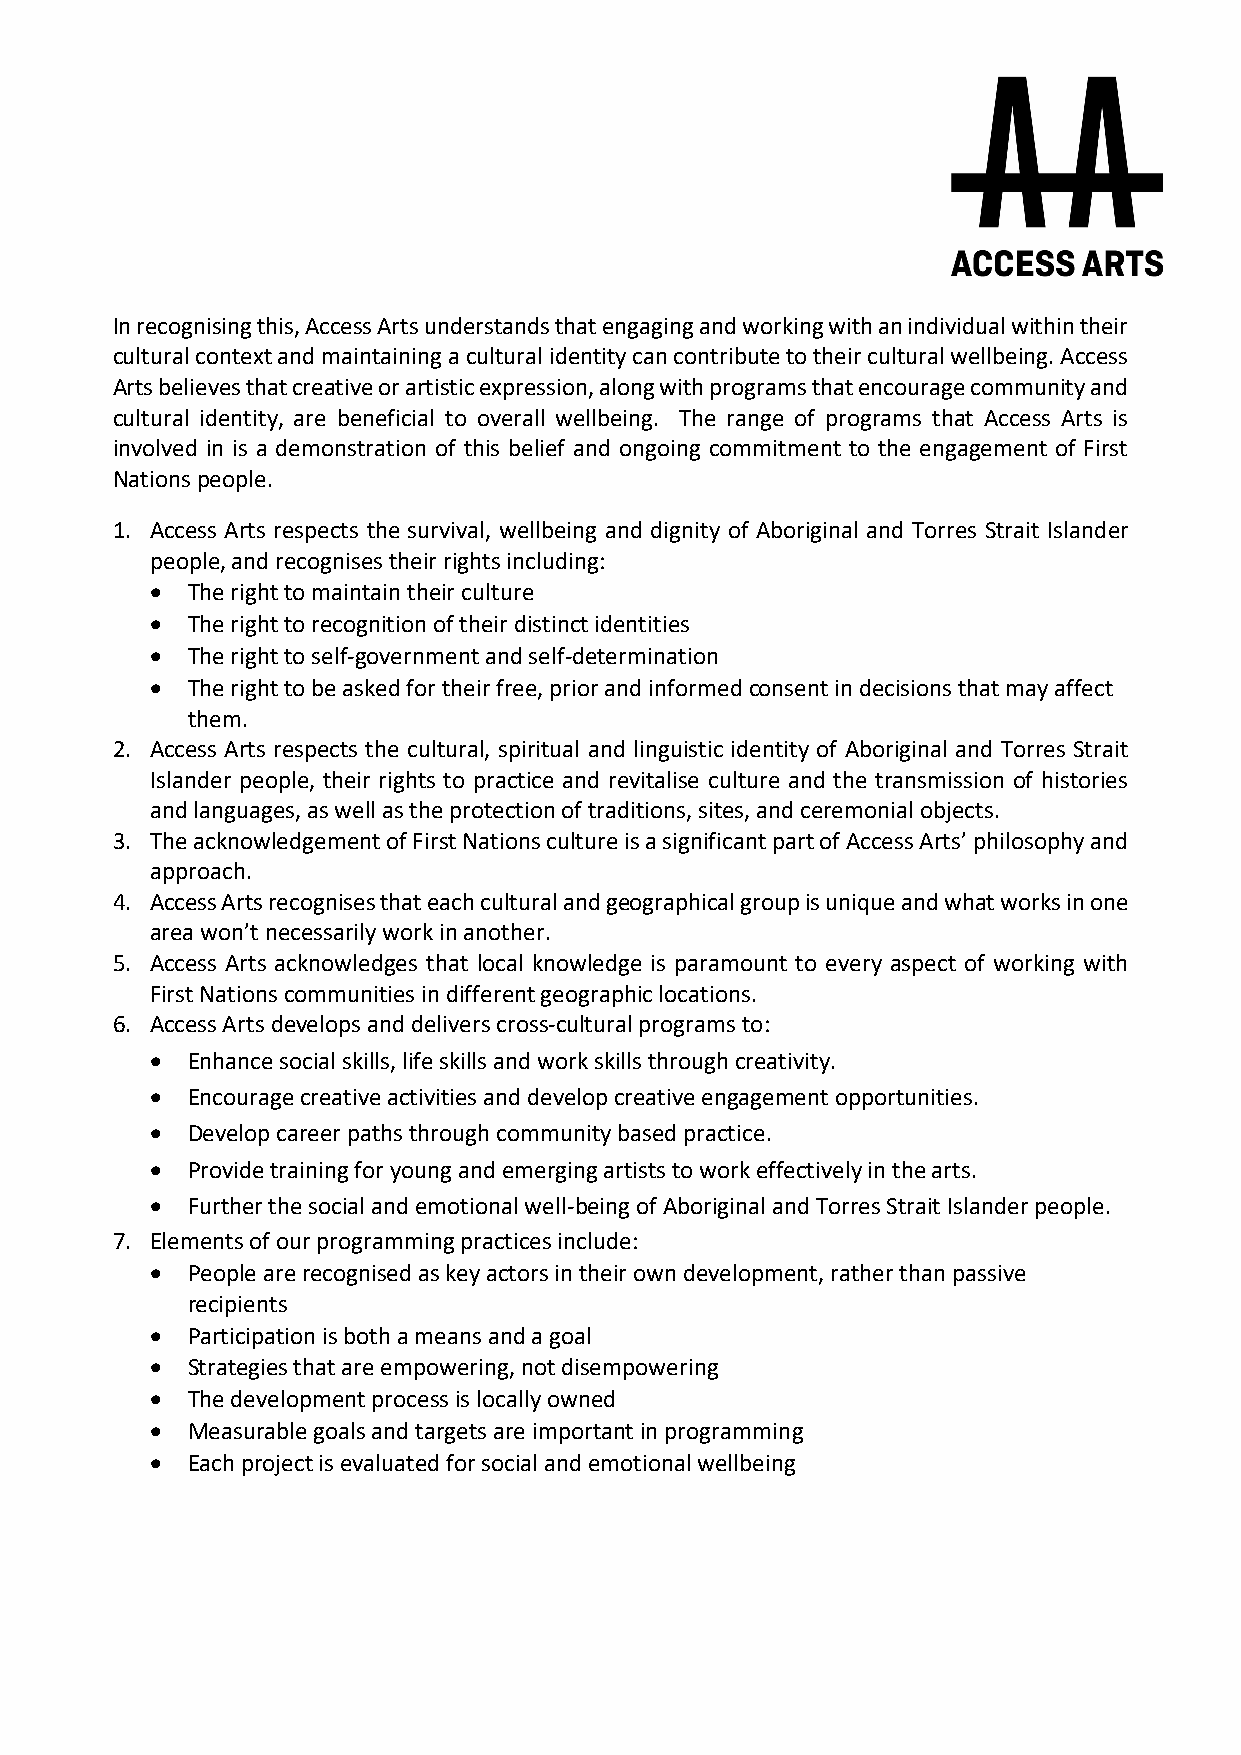
In recognising this, Access Arts understands that engaging and working with an individual within their
 cultural context and maintaining a cultural identity can contribute to their cultural wellbeing. Access
 Arts believes that creative or artistic expression, along with programs that encourage community and
 cultural identity, are beneficial to overall wellbeing. The range of programs that Access Arts is
 involved in is a demonstration of this belief and ongoing commitment to the engagement of First
 Nations people.
 1. Access Arts respects the survival, wellbeing and dignity of Aboriginal and Torres Strait Islander
 people, and recognises their rights including:
 • The right to maintain their culture
 • The right to recognition of their distinct identities
 • The right to self-government and self-determination
 • The right to be asked for their free, prior and informed consent in decisions that may affect
 them.
 2. Access Arts respects the cultural, spiritual and linguistic identity of Aboriginal and Torres Strait
 Islander people, their rights to practice and revitalise culture and the transmission of histories
 and languages, as well as the protection of traditions, sites, and ceremonial objects.
 3. The acknowledgement of First Nations culture is a significant part of Access Arts’ philosophy and
 approach.
 4. Access Arts recognises that each cultural and geographical group is unique and what works in one
 area won’t necessarily work in another.
 5. Access Arts acknowledges that local knowledge is paramount to every aspect of working with
 First Nations communities in different geographic locations.
 6. Access Arts develops and delivers cross-cultural programs to:
 • Enhance social skills, life skills and work skills through creativity.
 • Encourage creative activities and develop creative engagement opportunities.
 • Develop career paths through community based practice.
 • Provide training for young and emerging artists to work effectively in the arts.
 • Further the social and emotional well-being of Aboriginal and Torres Strait Islander people.
 7. Elements of our programming practices include:
 • People are recognised as key actors in their own development, rather than passive
 recipients
 • Participation is both a means and a goal
 • Strategies that are empowering, not disempowering
 • The development process is locally owned
 • Measurable goals and targets are important in programming
 • Each project is evaluated for social and emotional wellbeing